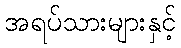
အရပ်သားများနှင့်